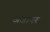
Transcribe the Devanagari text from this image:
जज़ायर